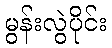
မွန်းလွဲပိုင်း